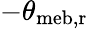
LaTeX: -\theta_{\mathrm{{meb,r}}}